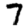
Digit: 7